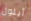
أيلول